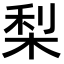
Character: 梨